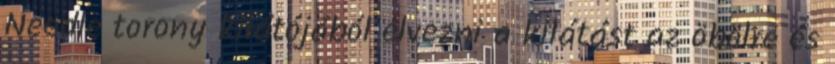
Needle torony kilátójából élvezni a kilátást az öbölre és